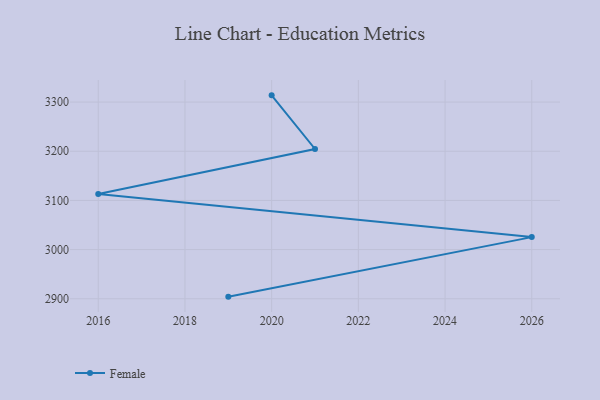
{"axis": {"x": "Year", "y": "Tickets Resolved"}, "legend": ["Female"], "data": [{"x": "2020", "y": 3313.7, "type": "Female"}, {"x": "2021", "y": 3204.6, "type": "Female"}, {"x": "2016", "y": 3113.0, "type": "Female"}, {"x": "2026", "y": 3025.4, "type": "Female"}, {"x": "2019", "y": 2904.3, "type": "Female"}]}